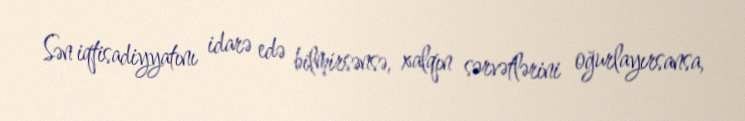
Sən iqtisadiyyatını idarə edə bilmirsənsə, xalqın sərvətlərini oğurlayırsansa,